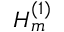
H _ { m } ^ { ( 1 ) }